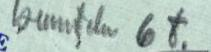
kuuntelu 6t.